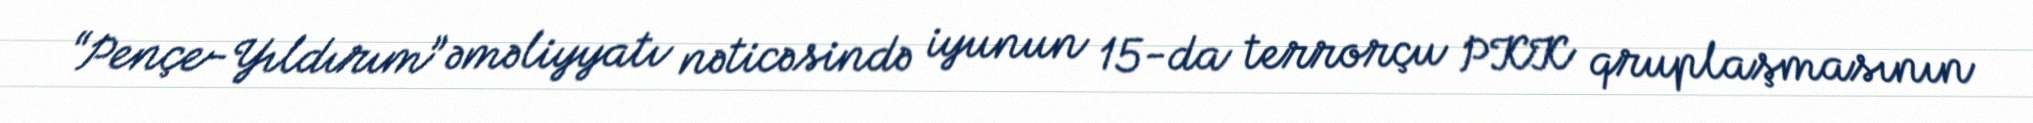
“Pençe-Yıldırım” əməliyyatı nəticəsində iyunun 15-da terrorçu PKK qruplaşmasının